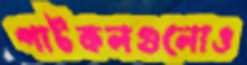
পাটকলগুলোও